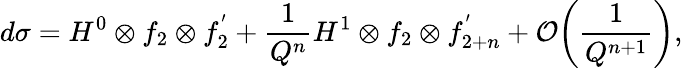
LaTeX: d\sigma=H^{0}\otimes f_{2}\otimes f_{2}^{'}+{\frac{1}{Q^{n}}}H^{1}\otimes f_{2}\otimes f_{2+n}^{'}+{\cal O}{\left({\frac{1}{Q^{n+1}}}\right)},